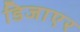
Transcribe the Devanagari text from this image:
डिजाएर